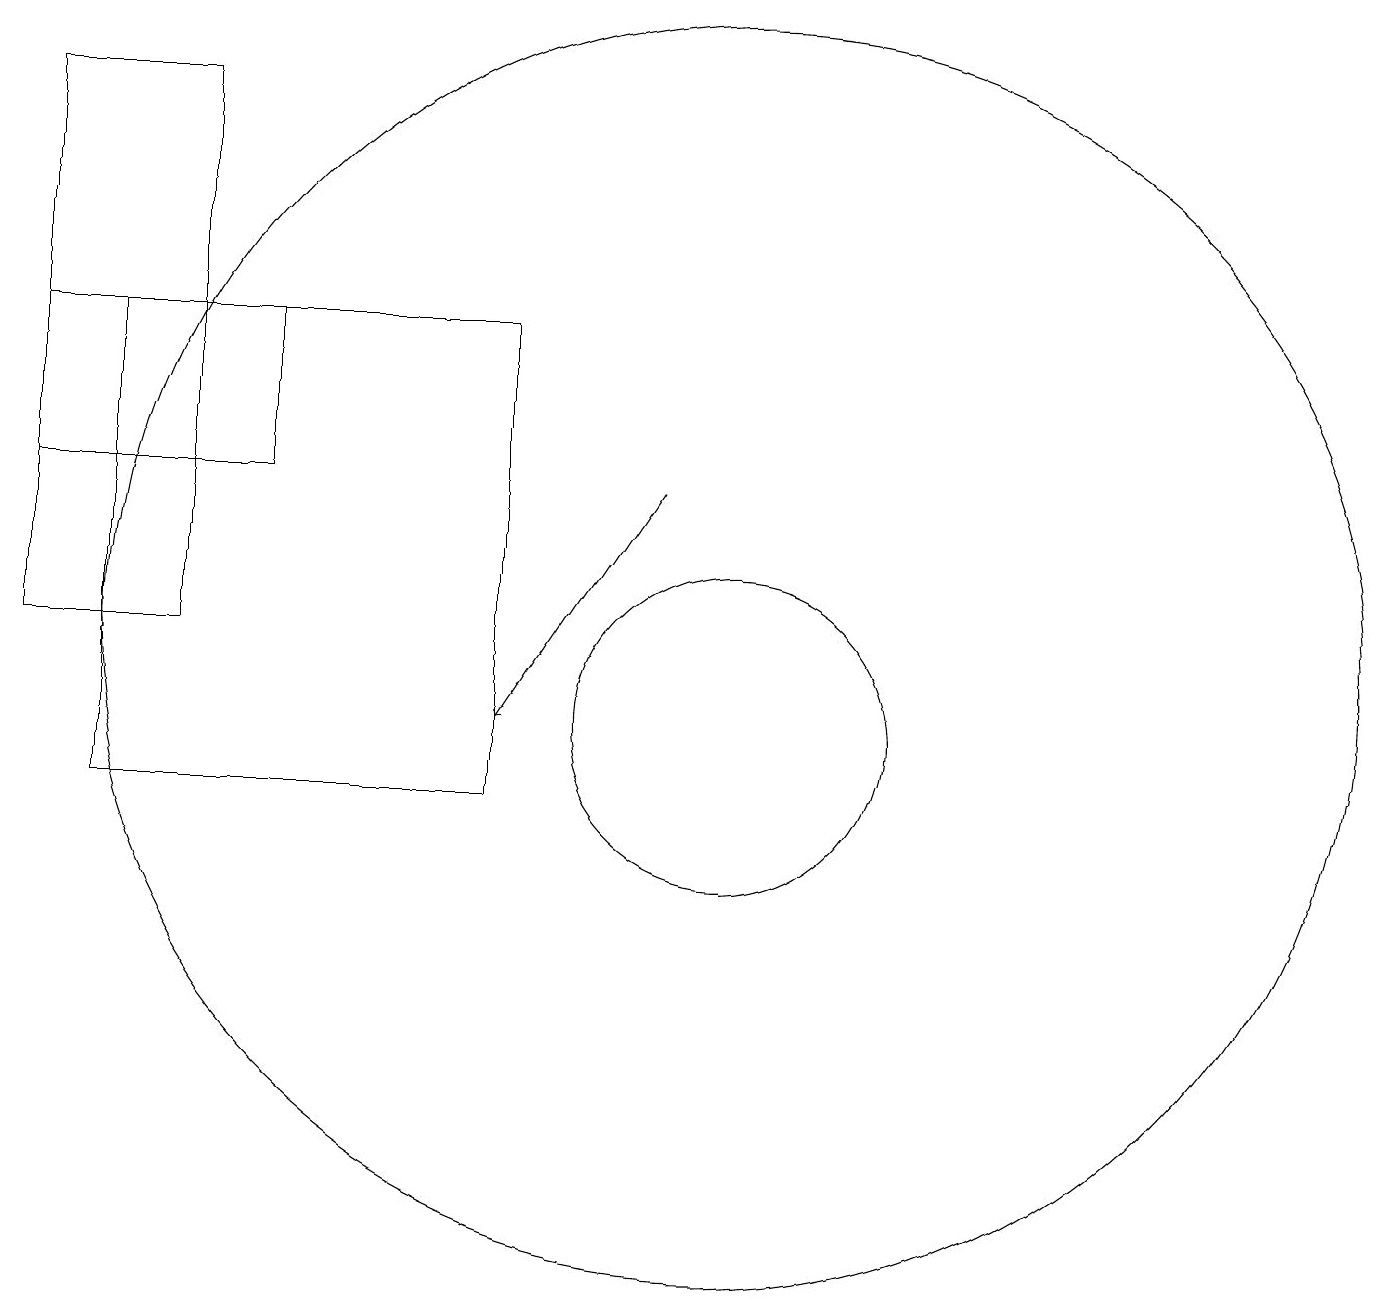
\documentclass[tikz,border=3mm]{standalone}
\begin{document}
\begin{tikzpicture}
\draw (1,16) rectangle (4,14);
\draw (7,10) rectangle (2,16);
\draw (3,12) rectangle (1,19);
\draw (10,11) circle (2);
\draw (10,12) circle (8);
\draw[->] (9,14) -- (7,11);
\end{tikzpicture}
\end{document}